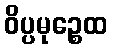
ဝိပ္ပမုဉ္စေထ